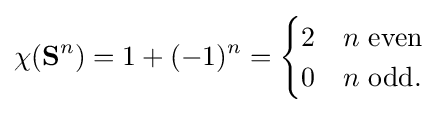
\chi (\mathbf {S} ^{n})=1+(-1)^{n}={\begin{cases}2&n{\text{ even}}\\0&n{\text{ odd}}.\end{cases}}